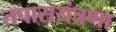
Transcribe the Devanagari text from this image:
तपासयंत्रणा